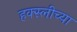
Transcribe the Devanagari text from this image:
हक्स्लीच्या